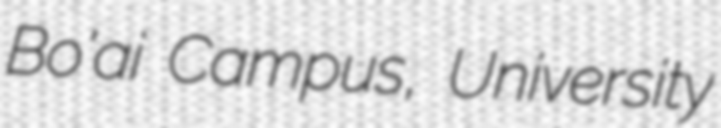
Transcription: Bo'ai Campus, University